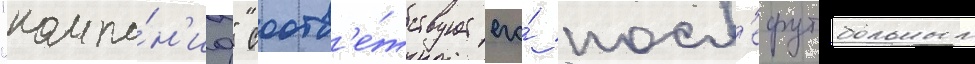
"компа́н'иа" соотв'е́тствует его́ посл'ефутбольным